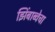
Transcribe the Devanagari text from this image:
झिंबाब्वेचा